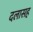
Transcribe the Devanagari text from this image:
दलासह